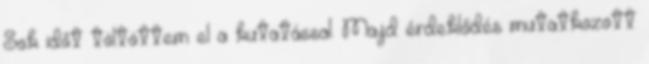
Sok időt töltöttem el a kutatással. Majd érdeklődés mutatkozott